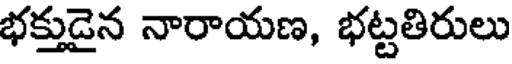
భక్తుడైన నారాయణ, భట్టతిరులు